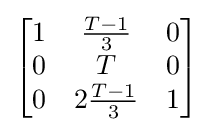
{\begin{bmatrix}1&{\frac {T-1}{3}}&0\\0&T&0\\0&2{\frac {T-1}{3}}&1\end{bmatrix}}